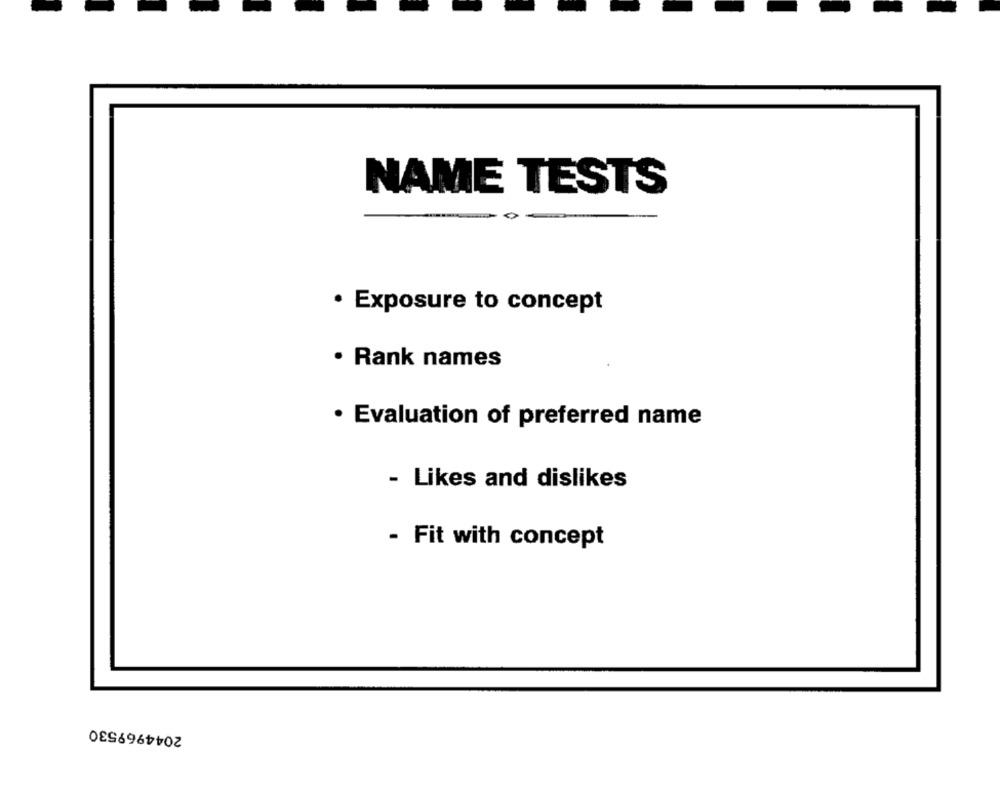
NAME TESTS
· Exposure to concept
· Rank names
· Evaluation of preferred name
- Likes and dislikes
- Fit with concept
2044969530